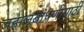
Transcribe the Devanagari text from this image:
जहाजबांधणीसाठी